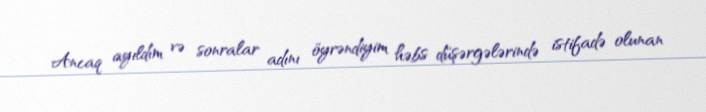
Ancaq ayıldım və sonralar adını öyrəndiyim həbs düşərgələrində istifadə olunan